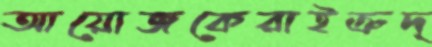
আয়োজকেরাইত্রুদ্